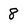
Character: 8